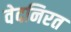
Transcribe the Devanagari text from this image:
वेदनिरत